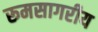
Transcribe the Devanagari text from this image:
रूमसागरीय